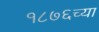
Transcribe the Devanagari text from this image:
१८७६च्या